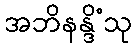
အဘိနန္ဒိံသု